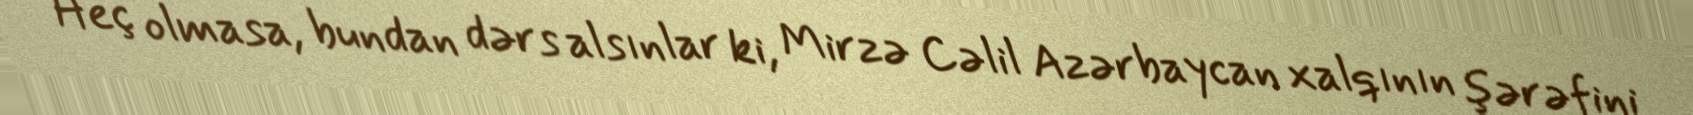
Heç olmasa, bundan dərs alsınlar ki, Mirzə Cəlil Azərbaycan xalqının şərəfini